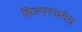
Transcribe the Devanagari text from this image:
शिल्परचनेत